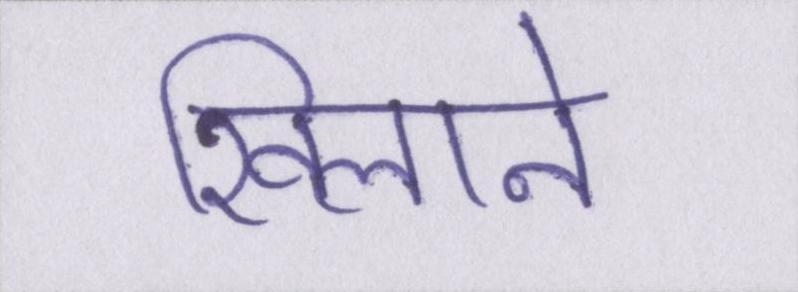
खिलाने